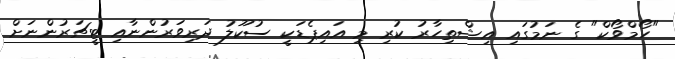
"ހޯމްވޯކް" ގެ ނަމުގައި އިޝްތިހާރު ކުރި މި އައިޕެޑަކީ ސުކޫލު ދަރިވަރުންނާއި ޓީޗަރުންނަށް